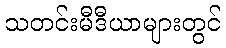
သတင်းမီဒီယာများတွင်